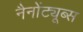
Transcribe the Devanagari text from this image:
नैनोंट्यूब्स